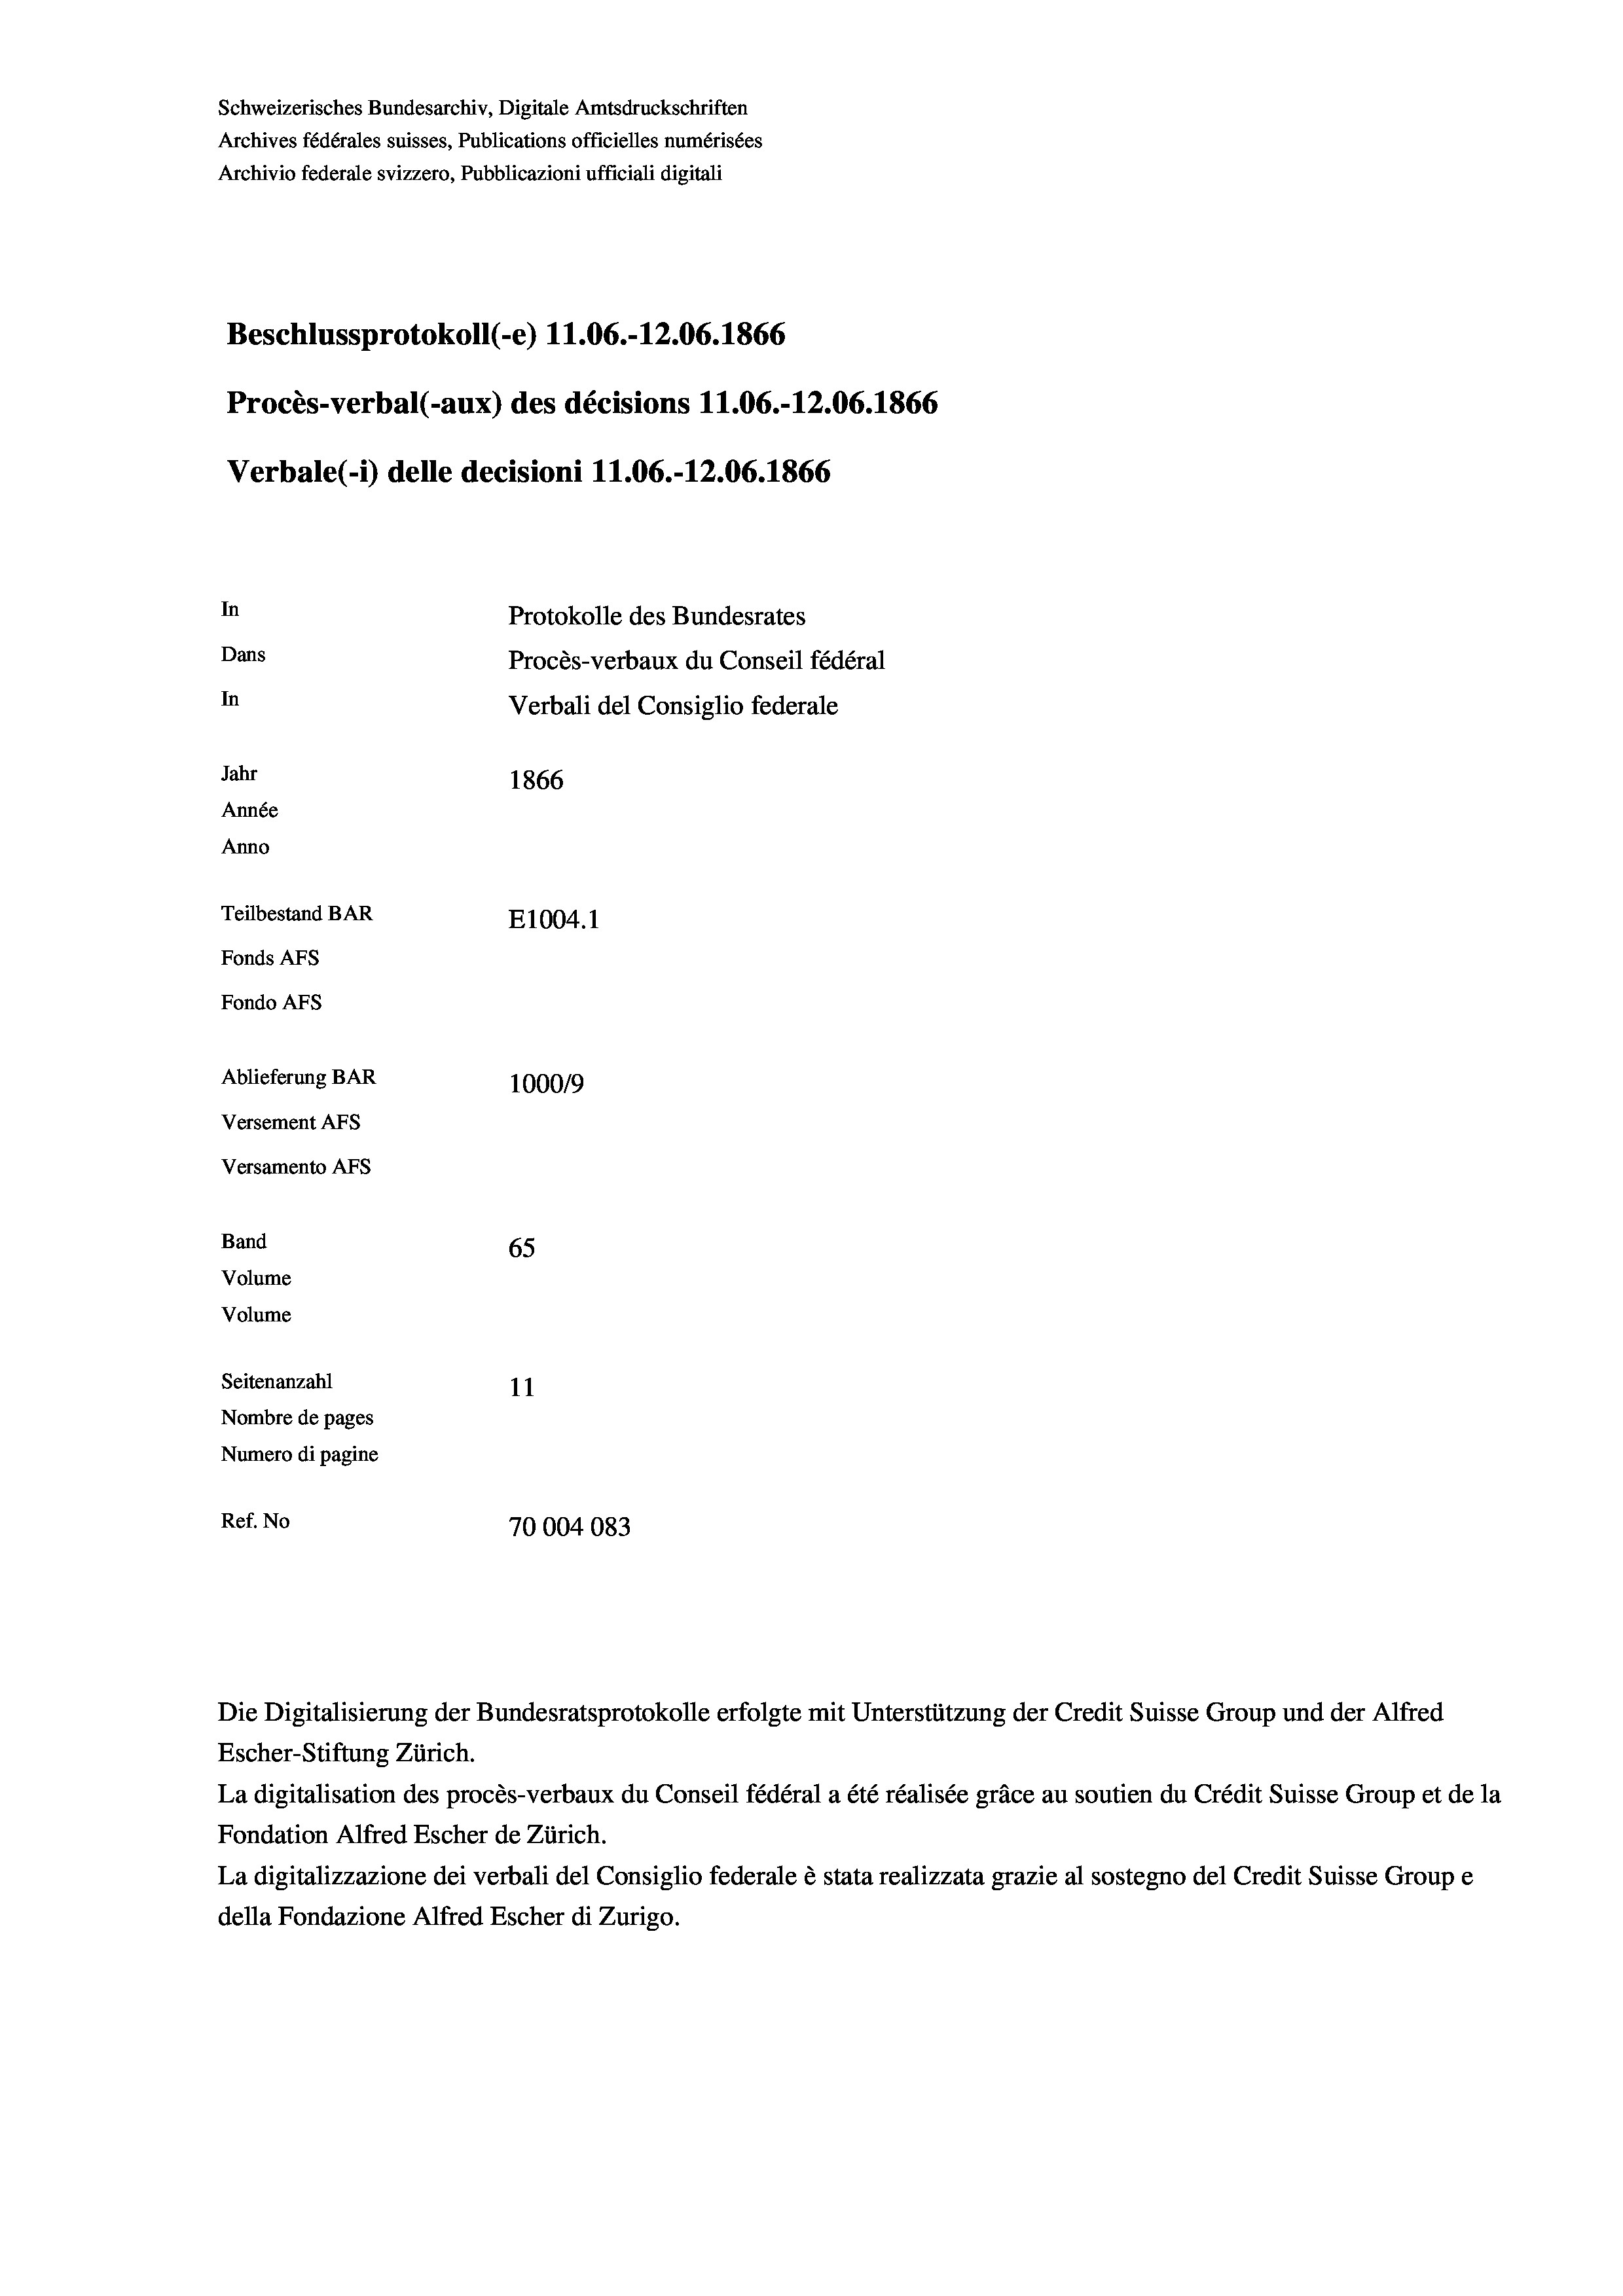
Schweizerisches Bundesarchiv, Digitale Amtsdruckschriften
Archives fédérales suisses, Publications officielles numérisées
Archivio federale svizzero, Pubblicazioni ufficiali digitali
Beschlussprotokoll (-e) 11.06.-12.06. 1866
Procès-verbal (-aux) des décisions 11.06.-12.06. 1866
Verbale (i) delle decisioni 11.06.-12.06. 1866
In
Protokolle des Bundesrates
Dans
Procès-verbaux du Conseil fédéral
In
Verbali del Consiglio federale
Jahr
1866
Année
Anno
Teilbestand BAR
E1004.1
Fonds AFs
Fondo Afs
Ablieferung BAR
100019
Versement Ans
Versamento Afs
Band
65
Volume
Volume

Seitenanzahl
11
Nombre de pages
Numero di pagine
Ref. No
70004083

Escher-Stiftung Zürich.
La digitalisation des procès-verbaux du Conseil fédéral a été réalisée gräce au soutien du Crédit Suisse Group et de la
Fondation Alfred Escher de Zürich.
La digitalizzazione dei verbali del Consiglio federale è stata realizzata grazie al sostegno del Credit Suisse Groupe
della Fondazione Alfred Escher di Zurigo.

Die Digitalisierung der Bundesratsprotokolle erfolgte mit Unterstützung der Credit Suisse Group und der Alfred